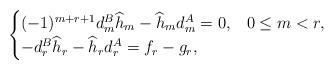
LaTeX: \begin{align*}\begin{cases}(-1)^{m+r+1}d_m^B \widehat h_m-\widehat h_m d_m^A =0,& 0\leq m<r, \\-d_r^B \widehat h_r-\widehat h_r d_r^A =f_r-g_r,&\end{cases}\end{align*}